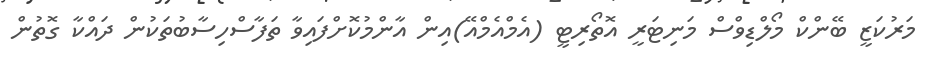
މަރުކަޒީ ބޭންކް މޯލްޑިވްސް މަނިޓަރީ އޮތޯރިޓީ (އެމްއެމްއޭ)އިން އާންމުކޮށްފައިވާ ތަފާސްހިސާބުތަކުން ދައްކާ ގޮތުން